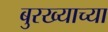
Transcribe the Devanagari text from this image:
बुरख्याच्या